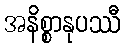
အနိစ္စာနုပဿီ